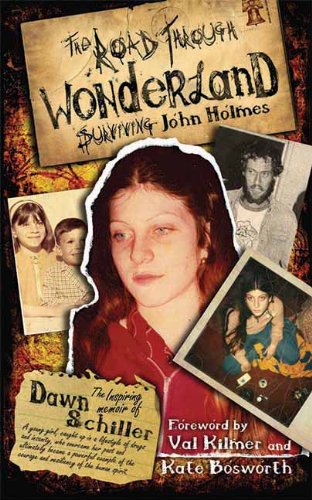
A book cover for The Road Through Wonderland: Surviving John Holmes (5 Year Anniversary); Dawn Schiller; Politics & Social Sciences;